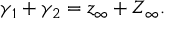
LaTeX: \gamma _ { 1 } + \gamma _ { 2 } = z _ { \infty } + Z _ { \infty } .